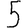
Digit: 5